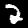
Digit: 2